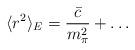
LaTeX: \begin{align*}\langle r^2\rangle_E=\frac{\bar{c}}{m_\pi^2}+\dots\end{align*}